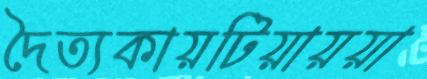
দৈত্যকায়টিয়ায়য়া